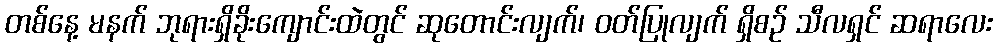
တစ်နေ့ မနက် ဘုရားရှိခိုးကျောင်းထဲတွင် ဆုတောင်းလျက်၊ ဝတ်ပြုလျက် ရှိစဉ် သီလရှင် ဆရာလေး